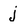
Character: j